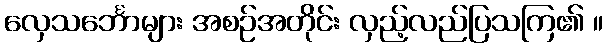
လှေသင်္ဘောများ အစဉ်အတိုင်း လှည့်လည်ပြသကြ၏ ။